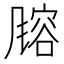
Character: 𬲄